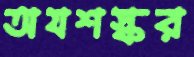
অযশস্কর